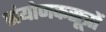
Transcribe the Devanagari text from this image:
संयोजकसूत्रों